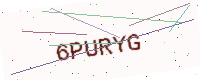
Text: 6PURYG